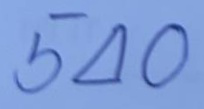
540